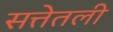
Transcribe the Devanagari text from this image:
सत्तेतली